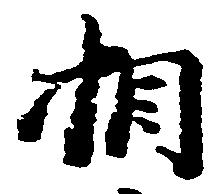
相